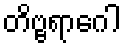
တိဗ္ဗရာဂေါ